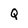
Character: Q